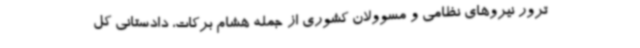
ترور نیروهای نظامی و مسوولان کشوری از جمله هشام برکات، دادستانی کل